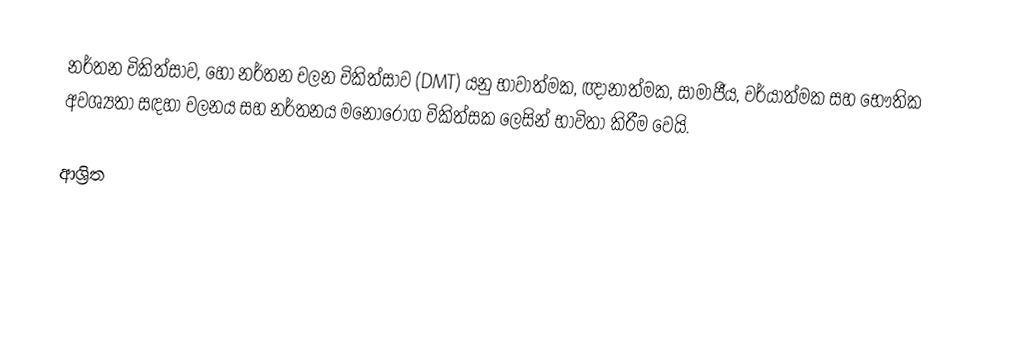
නර්තන චිකිත්සාව, හෝ  නර්තන චලන චිකිත්සාව (DMT) යනු භාවාත්මක, ඥානාත්මක, සාමාජීය, චර්යාත්මක සහ  භෞතික අවශ්‍යතා සඳහා චලනය සහ නර්තනය   මනෝරෝග චිකිත්සක ලෙසින් භාවිතා කිරීම වෙයි.

ආශ්‍රිත